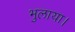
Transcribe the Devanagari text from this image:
भुलाया।